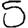
Digit: 5